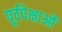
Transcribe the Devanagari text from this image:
पूर्वपेक्षाओं